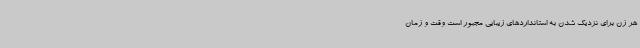
هر زن برای نزدیک شدن به استانداردهای زیبایی مجبور است وقت و زمان